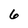
Character: 6